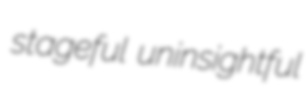
stageful uninsightful